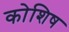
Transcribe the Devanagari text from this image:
कोशिष